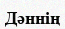
Дәннің